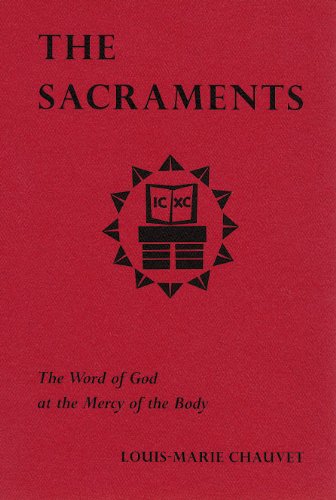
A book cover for The Sacraments - The Word of God at the Mercy of the Body; Louis-Marie Chauvet; Christian Books & Bibles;